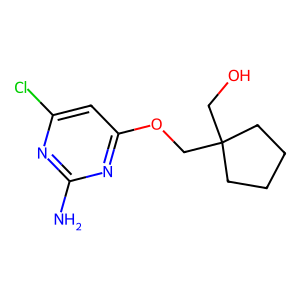
SMILES: Nc1nc(Cl)cc(OCC2(CO)CCCC2)n1
Inhibits HIV replication: No